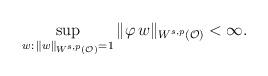
LaTeX: \begin{align*}\sup_{w:\,\|w\|_{W^{s,p}(\mathcal O)}=1}\|\varphi \,w\|_{W^{s,p}(\mathcal O)}<\infty.\end{align*}